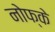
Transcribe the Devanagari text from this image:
नोफ्के